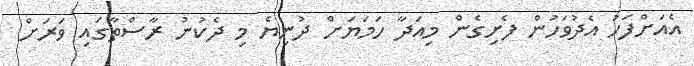
އެއަށްފަހު އެދުވަހުން ފެށިގެން މިއަދާ ހަމަޔަށް ދުނިޔެ މި ދެކުނު ރާސްތާގައި ވަރަށް